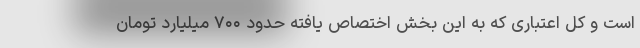
است و کل اعتباری که به این بخش اختصاص یافته حدود ۷۰۰ میلیارد تومان